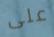
على